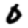
Digit: 0